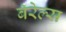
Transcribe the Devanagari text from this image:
बॅरेल्स